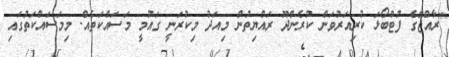
"ރާއްޖޭގެ ފުޓްބޯޅަ ކުރިއަރުވަން ކުރެންދޫ ރައްޔިތުން މިއަދު މިކުރަނީ ގައުމީ މަސައްކަތެއް. މިމަސައްކަތުގައި